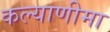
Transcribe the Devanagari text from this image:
कल्‍याणीमा